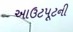
આઉટપૂટની